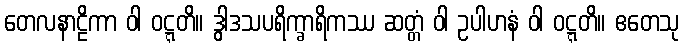
တေလနာဠိကာ ဝါ ဝဋ္ဋတိ။ ဒွါဒသပရိက္ခာရိကဿ ဆတ္တံ ဝါ ဥပါဟနံ ဝါ ဝဋ္ဋတိ။ ဧတေသု